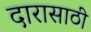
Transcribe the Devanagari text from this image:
दारासाठी